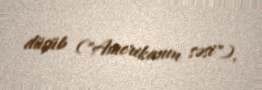
düşüb ("Amerikanın səsi").